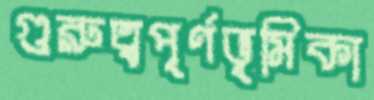
গুরুত্বপূর্ণভূমিকা